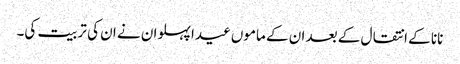
نانا کے انتقال کے بعد ان کے ماموں عیدا پہلوان نے ان کی تربیت کی۔